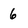
Character: 6